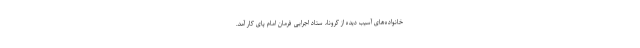
خانواده‌های آسیب دیده از کرونا، ستاد اجرایی فرمان امام پای کار آمد.